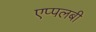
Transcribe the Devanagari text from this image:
एप्पलबी